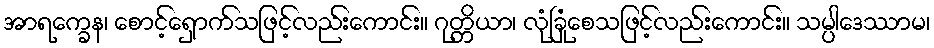
အာရက္ခေန၊ စောင့်ရှောက်သဖြင့်လည်းကောင်း။ ဂုတ္တိယာ၊ လုံခြုံစေသဖြင့်လည်းကောင်း။ သမ္ပါဒေဿာမ၊